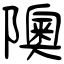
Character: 隩